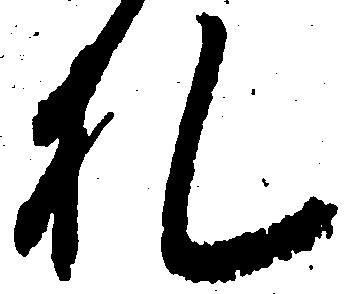
札